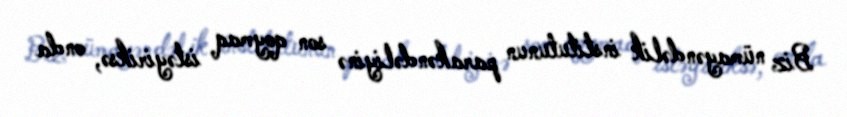
Biz nümayəndəlik institutunun parakəndəliyinə son qoymaq istəyiriksə, onda